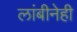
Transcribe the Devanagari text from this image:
लांबीनेही